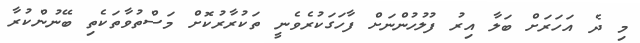
މި ދެ އަހަރަށް ބަލާ އިރު ފުލުހުންނަށް ފާހަގަކުރެވެނީ ތަކުރާރުކޮށް މަސްތުވާތަކެތި ބޭނުންކުރާ